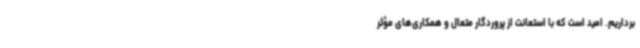
برداریم. امید است که با استعانت از پروردگار متعال و همکاری‌های مؤثر